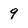
Character: 9